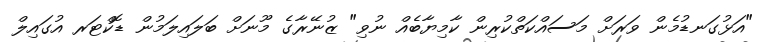
"އަޅުގަނޑުމެން ވަރަށް މަސައްކަތްކުރިން ކާމިޔާބެއް ނުވި" ޒުނޭރާގެ މޫނަށް ބަލައިލަމުން ޑޮކްޓަރ އުގައިލް